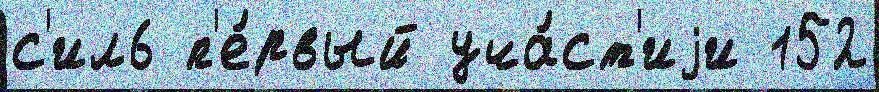
с'ил6 п'е́рвый уча́ст'иjи 152